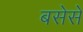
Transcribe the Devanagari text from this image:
बसेसे